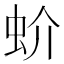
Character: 蚧